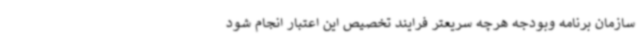
سازمان برنامه وبودجه هرچه سریعتر فرایند تخصیص این اعتبار انجام شود